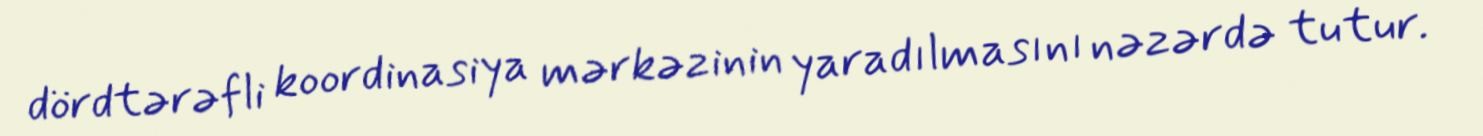
dördtərəfli koordinasiya mərkəzinin yaradılmasını nəzərdə tutur.